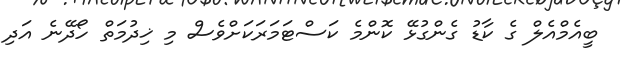
ބީއެމްއެލް ގެ ކާޑު ގެންގުޅޭ ކޮންމެ ކަސްޓަމަރަކަށްވެސް މި ޚިދުމަތް ހޯދޭނެ އަދި